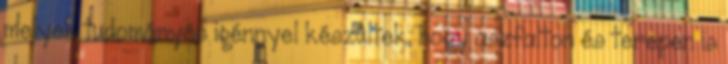
melyek tudományos igénnyel készültek, hogy aszfalton és terepen is